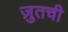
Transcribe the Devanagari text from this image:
ज़ुतची